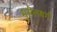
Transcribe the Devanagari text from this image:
मुसेलबर्ग